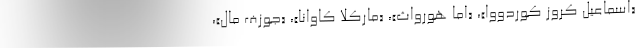
«اسماعیل کروز کوردووا»، «اما هورواث»، «مارکلا کاوانا»، «جوزف مال»،